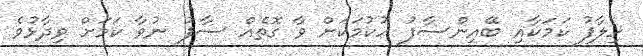
ހިލާފު ކަމަކާއި ބޭއިންސާފު ހުކުމަކަށް ވާ ގޮތެއް ސާފު ނުވާ ކަމަށް ވިދާޅުވެ